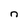
Character: n